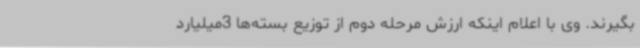
بگیرند. وی با اعلام اینکه ارزش مرحله دوم از توزیع بسته‌ها 3میلیارد